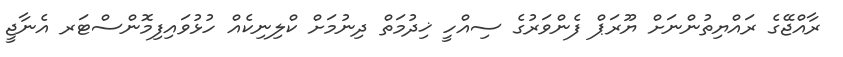
ރާއްޖޭގެ ރައްޔިތުންނަށް ޔޫރަޕް ފެންވަރުގެ ސިއްހީ ޚިދުމަތް ދިނުމަށް ކްލިނިކެއް ހުޅުވައިފިމޮންސްޓަރ އެނާޖީ